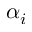
\alpha _ { i }